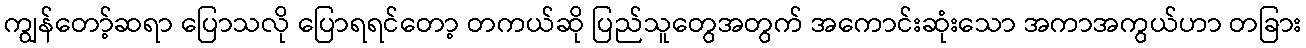
ကျွန်တော့်ဆရာ ပြောသလို ပြောရရင်တော့ တကယ်ဆို ပြည်သူတွေအတွက် အကောင်းဆုံးသော အကာအကွယ်ဟာ တခြား